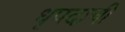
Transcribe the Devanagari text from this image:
धृपदाची